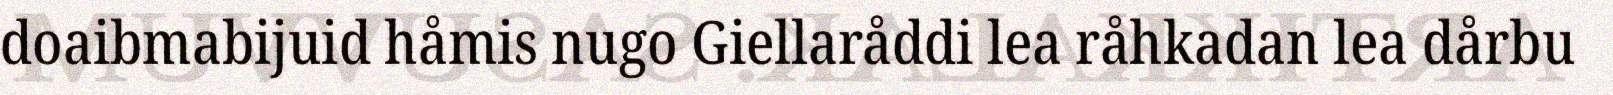
doaibmabijuid håmis nugo Giellaråddi lea råhkadan lea dårbu